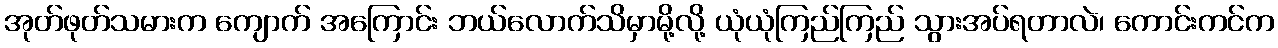
အုတ်ဖုတ်သမားက ကျောက် အကြောင်း ဘယ်လောက်သိမှာမို့လို့ ယုံယုံကြည်ကြည် သွားအပ်ရတာလဲ၊ ကောင်းကင်က